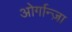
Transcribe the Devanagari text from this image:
ओर्गान्ज़ा